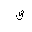
Letter: _qaf